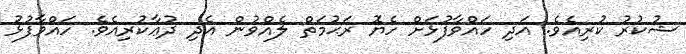
ޝުކުރު ކުރިއެވެ. އަދި ހައްވާފުޅަށް ހެޔޮ ރަޙުމަތް ލެއްވުން އެދި ދުޢާކުރިއެވެ. ހައްވާފުޅު